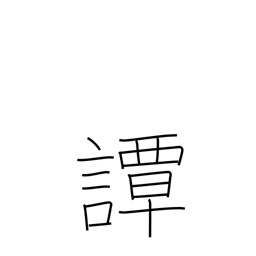
Meaning: talk